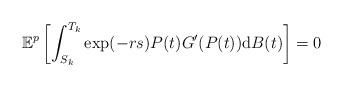
LaTeX: \begin{align*}\mathbb{E}^p\left[\int_{S_k}^{T_k}\exp(-rs)P(t)G'(P(t))\mathrm{d}B(t)\right]=0\end{align*}